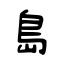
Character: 島